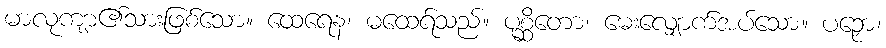
မာလုကျာ၏သားဖြစ်သော။ ထေရေန၊ မထေရ်သည်။ ပုစ္ဆိတော၊ မေးလျှောက်အပ်သော။ ပဉှော၊